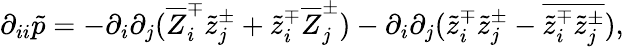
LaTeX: \partial_{ii}\tilde{p}=-\partial_{i}\partial_{j}(\overline{{Z}}_{i}^{\mp}\tilde{z}_{j}^{\pm}+\tilde{z}_{i}^{\mp}\overline{{Z}}_{j}^{\pm})-\partial_{i}\partial_{j}(\tilde{z}_{i}^{\mp}\tilde{z}_{j}^{\pm}-\overline{{\tilde{z}_{i}^{\mp}\tilde{z}_{j}^{\pm}}}),